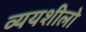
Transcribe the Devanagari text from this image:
व्ययशीलो